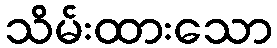
သိမ်းထားသော